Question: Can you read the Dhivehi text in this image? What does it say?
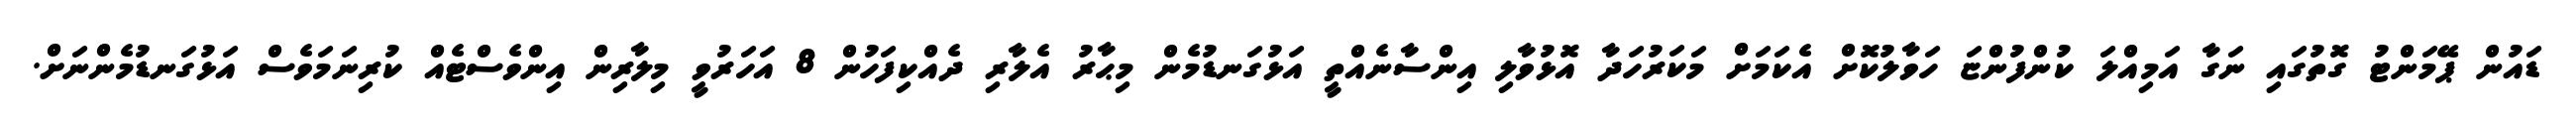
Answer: ޑައުން ޕޭމަންޓު ގޮތުގައި ނަގާ އަމިއްލަ ކުންފުންޏަ ހަވާލުކޮށް އެކަމަށް މަކަރުހަދާ އޮޅުވާލި އިންސާނެއްތީ އަޅުގަނޑުމެން މިޙާރު އެލާރި ދެއްކިފަހުން 8 އަހަރުވީ މިލާރިން އިންވެސްޓެއް ކުރިނަމަވެސް އަޅުގަނޑުމެންނަށް.